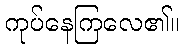
ကုပ်နေကြလေ၏။